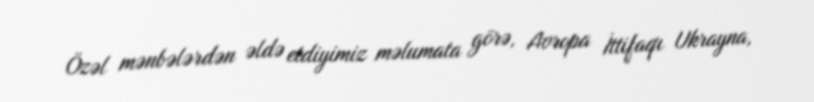
Özəl mənbələrdən əldə etdiyimiz məlumata görə, Avropa İttifaqı Ukrayna,